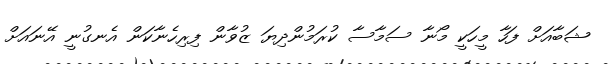
ޝަބާއަށް ފަހާ މީހަކީ މޯނާ ސަމާސާ ކުރަމުންދިޔަ ޒުވާން ފިރިހެނާކަން އެނގުނީ އޭނައަށް